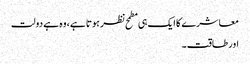
معاشرے کا ایک ہی مطمح نظر ہوتا ہے، وہ ہے دولت
اور طاقت۔